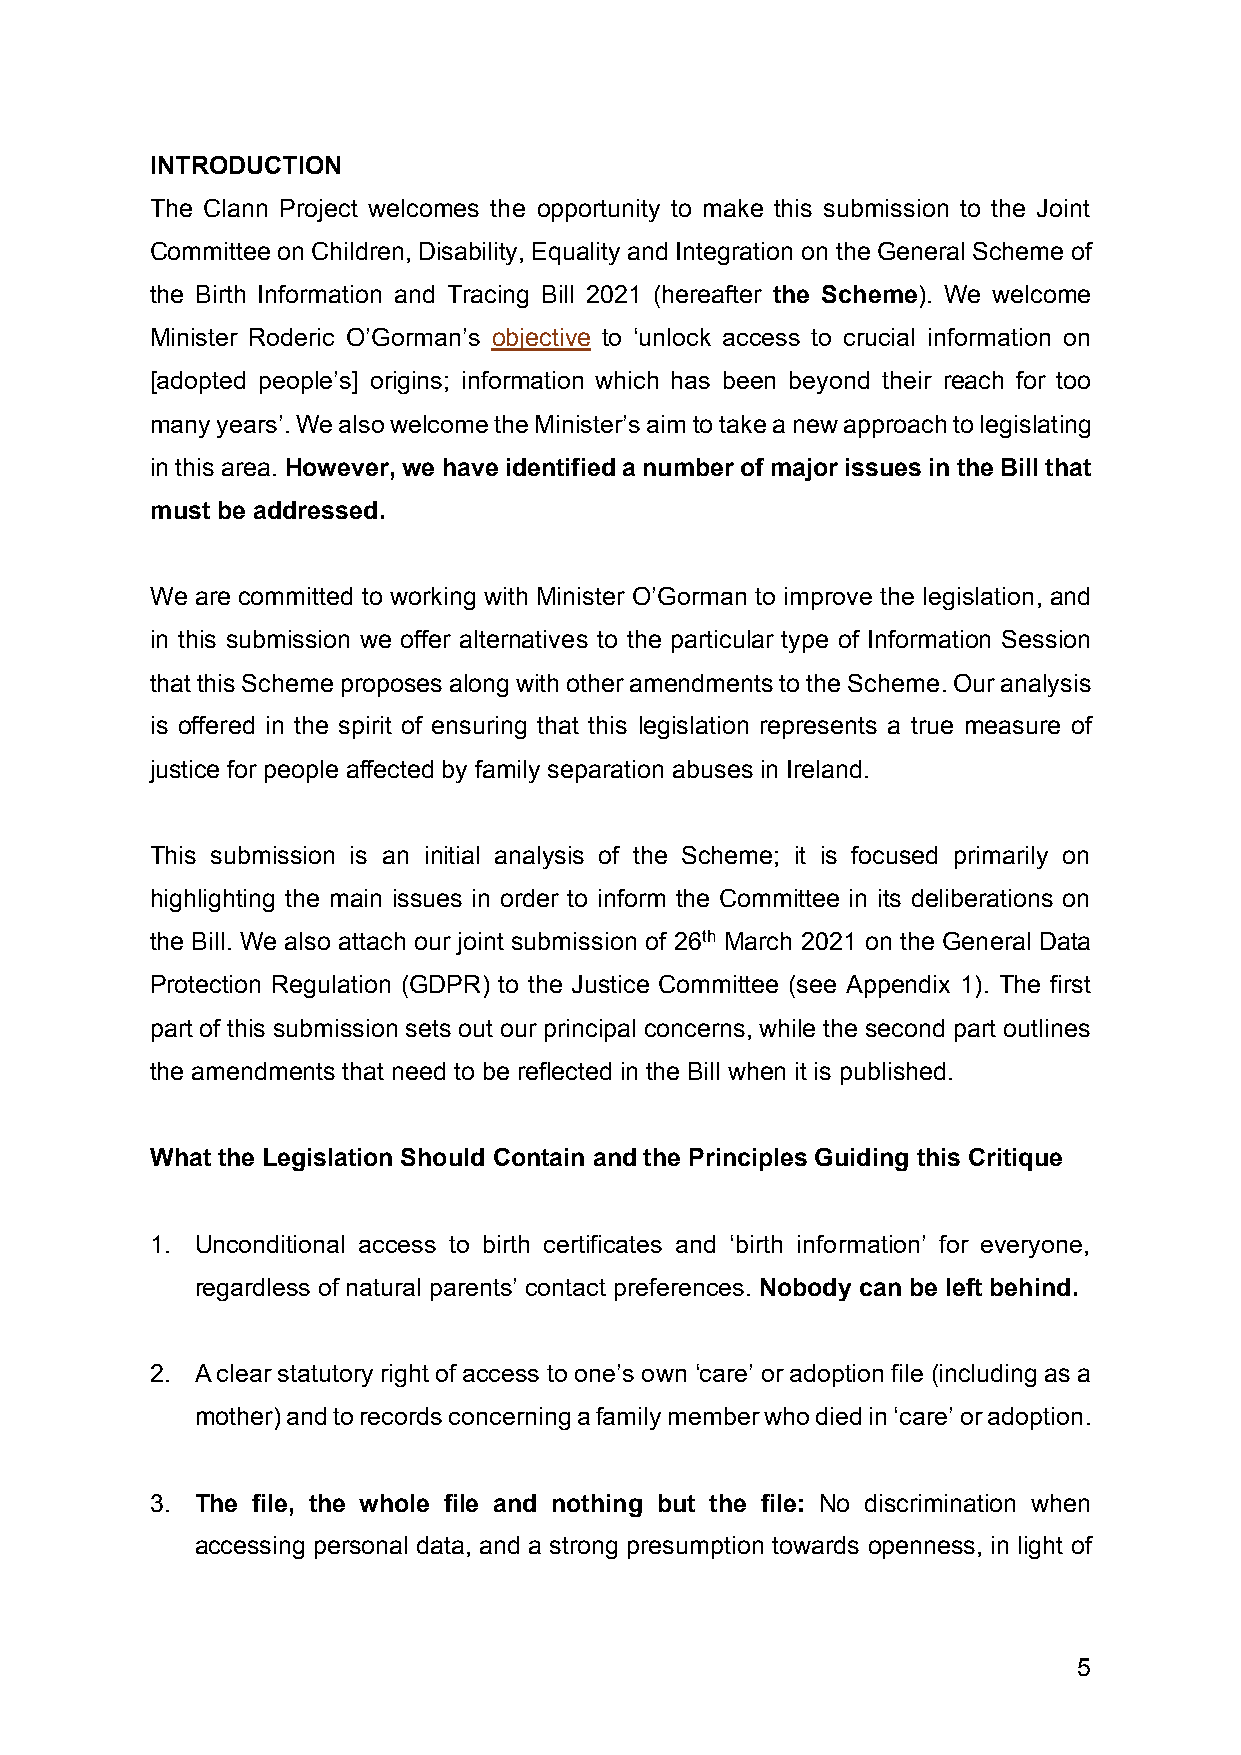
INTRODUCTION
 The Clann Project welcomes the opportunity to make this submission to the Joint
 Committee on Children, Disability, Equality and Integration on the General Scheme of
 the Birth Information and Tracing Bill 2021 (hereafter the Scheme). We welcome
 Minister Roderic O’Gorman’s objective to ‘unlock access to crucial information on
 [adopted people’s] origins; information which has been beyond their reach for too
 many years’. We also welcome the Minister’s aim to take a new approach to legislating
 in this area. However, we have identified a number of major issues in the Bill that
 must be addressed.
 We are committed to working with Minister O’Gorman to improve the legislation, and
 in this submission we offer alternatives to the particular type of Information Session
 that this Scheme proposes along with other amendments to the Scheme. Our analysis
 is offered in the spirit of ensuring that this legislation represents a true measure of
 justice for people affected by family separation abuses in Ireland.
 This submission is an initial analysis of the Scheme; it is focused primarily on
 highlighting the main issues in order to inform the Committee in its deliberations on
 the Bill. We also attach our joint submission of 26th March 2021 on the General Data
 Protection Regulation (GDPR) to the Justice Committee (see Appendix 1). The first
 part of this submission sets out our principal concerns, while the second part outlines
 the amendments that need to be reflected in the Bill when it is published.
 What the Legislation Should Contain and the Principles Guiding this Critique
 1. Unconditional access to birth certificates and ‘birth information’ for everyone,
 regardless of natural parents’ contact preferences. Nobody can be left behind.
 2. A clear statutory right of access to one’s own ‘care’ or adoption file (including as a
 mother) and to records concerning a family member who died in ‘care’ or adoption.
 3. The file, the whole file and nothing but the file: No discrimination when
 accessing personal data, and a strong presumption towards openness, in light of
 5